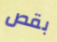
بقص